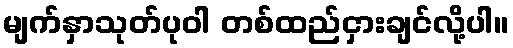
မျက်နှာသုတ်ပုဝါ တစ်ထည်ငှားချင်လို့ပါ။